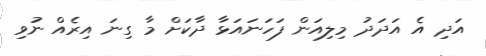
އަދި އެ އަދަދު މިލިއަން ފަހަނައަޅާ ދާކަށް މާ ގިނަ އިރެއް ނުވި